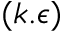
( k . \epsilon )